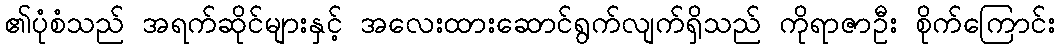
၏ပုံစံသည် အရက်ဆိုင်များနှင့် အလေးထားဆောင်ရွက်လျက်ရှိသည် ကိုရာဇာဦး စိုက်ကြောင်း